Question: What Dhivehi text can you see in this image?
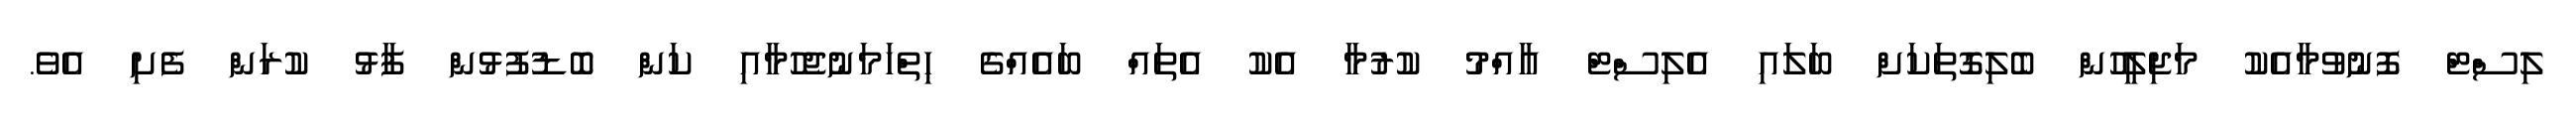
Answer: ލިސްޓް ފޮނުވުމާއެކު މަޖިލީހުން ބެލިގޮތަކަށް ބަލައި އެލިސްޓް އާއްމު ކުރުމާ އެކު އެތައް ބައެއްގެ ހިތްހަމަނުޖެހުމާއި ކަން ބޮޑުފުޅުން ފާޅު ކުރަން ފެށި އެވެ.